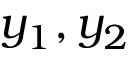
y _ { 1 } , y _ { 2 }